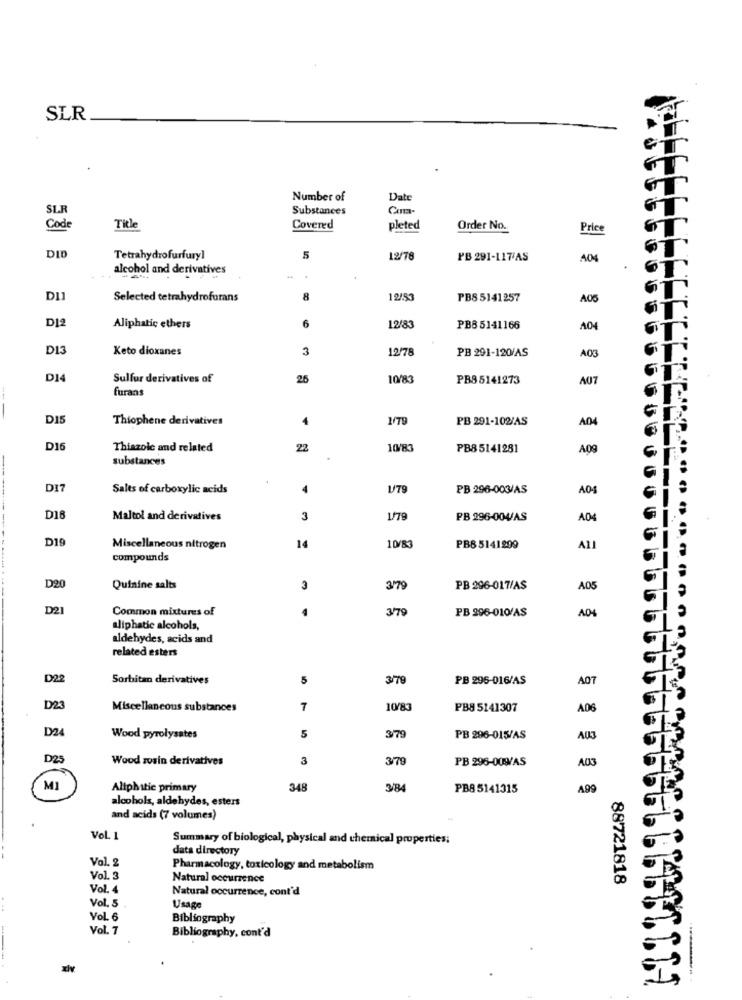
SLR
Number of
Date
Substances
Cuma-
Code
Title
Covered
pleted
Order No.
Price
DIO
Tetrahydrofurfuryl
5
12/78
PB 291-117'AS
A04
alcohol and derivatives
Selected tetrahydrofurans
8
12/53
PBS 5141257
A05
D12
6
Aliphatic ethers
12/83
PB8 5141166
A04
DI3
Keto dioxanes
3
12/78
PB 291-120/AS
A03
D14
Sulfur derivatives of
25
10/83
PB85141273
A07
furans
D15
Thiophene derivatives
4
PB 291-102/AS
A04
D16
Thiazolc and related
22
10/83
PB8 5141281
A09
substances
DI7
Salts of carboxylic acids
4
179
PB 296-003/AS
A04
D18
Maltol and derivatives
3
1/78
PB 296-004/AS
A04
DI
Miscellaneous nitrogen
14
10/83
PB8 5141299
ALI
compounds
D20
Quinine salts
3
3'79
PB 296-017/AS
A05
D21
Common mixtures of
3/79
PB 296-010/AS
A04
aliphatic alcohols,
aldehydes, acids and
related esters
D2
Sorbitan derivatives
5
3/79
PB 296-016/AS
A07
D23
Miscellaneous substances
7
10/83
PB8 5141307
A06
D24
Wood pyrolysates
5
379
PB 296-015/AS
A03
D25
Wood zosin derivatives
3
379
PB 296-009/AS
A03
MI
Aliphatic primary
348
3/84
PB8 5141315
A99
alcohols, aldehydes, esters
and acids (7 volumes)
Vol. 1
Summary of biological, physical and chemical properties;
data directory
Vol. 2
Pharmacology, toxicology and metabolism
Vol. 3
Natural occurrence
88721818
Vol. 4
Natural occurrence, cont'd
Vol. 5
Usage
Vol. 6
Bibliography
Vol. 7
Bibliography, cont'd